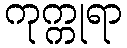
ကုက္ကုရာ